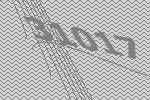
31017